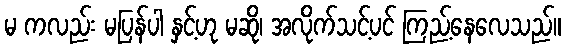
မ ကလည်း မပြန်ပါ နှင့်ဟု မဆို၊ အလိုက်သင့်ပင် ကြည့်နေလေသည်။